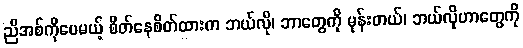
ညီအစ်ကိုပေမယ့် စိတ်နေစိတ်ထားက ဘယ်လို၊ ဘာတွေကို မုန်းတယ်၊ ဘယ်လိုဟာတွေကို